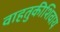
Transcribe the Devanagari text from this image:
वाहतुकीशिवाय